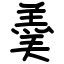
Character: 羮